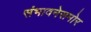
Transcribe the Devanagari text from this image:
संभावनेसमोर